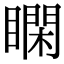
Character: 𥊺